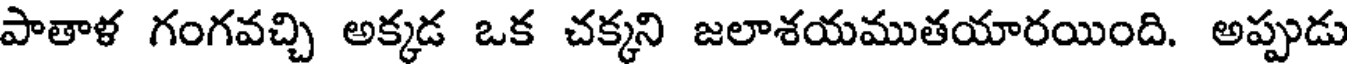
పాతాళ గంగవచ్చి అక్కడ ఒక చక్కని జలాశయముతయారయింది. అప్పుడు